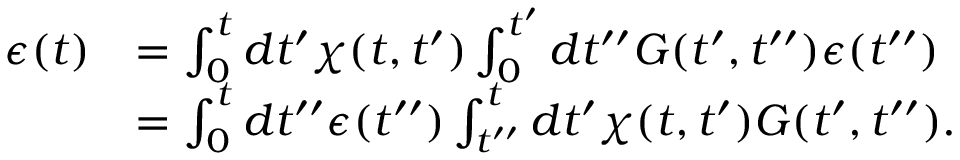
\begin{array} { r l } { \epsilon ( t ) } & { = \int _ { 0 } ^ { t } d t ^ { \prime } \chi ( t , t ^ { \prime } ) \int _ { 0 } ^ { t ^ { \prime } } d t ^ { \prime \prime } G ( t ^ { \prime } , t ^ { \prime \prime } ) \epsilon ( t ^ { \prime \prime } ) } \\ & { = \int _ { 0 } ^ { t } d t ^ { \prime \prime } \epsilon ( t ^ { \prime \prime } ) \int _ { t ^ { \prime \prime } } ^ { t } d t ^ { \prime } \chi ( t , t ^ { \prime } ) G ( t ^ { \prime } , t ^ { \prime \prime } ) . } \end{array}